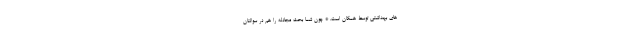
های بهداشتی توسط همگان است. * چون شما بحث مجادله را هم در سوالتان